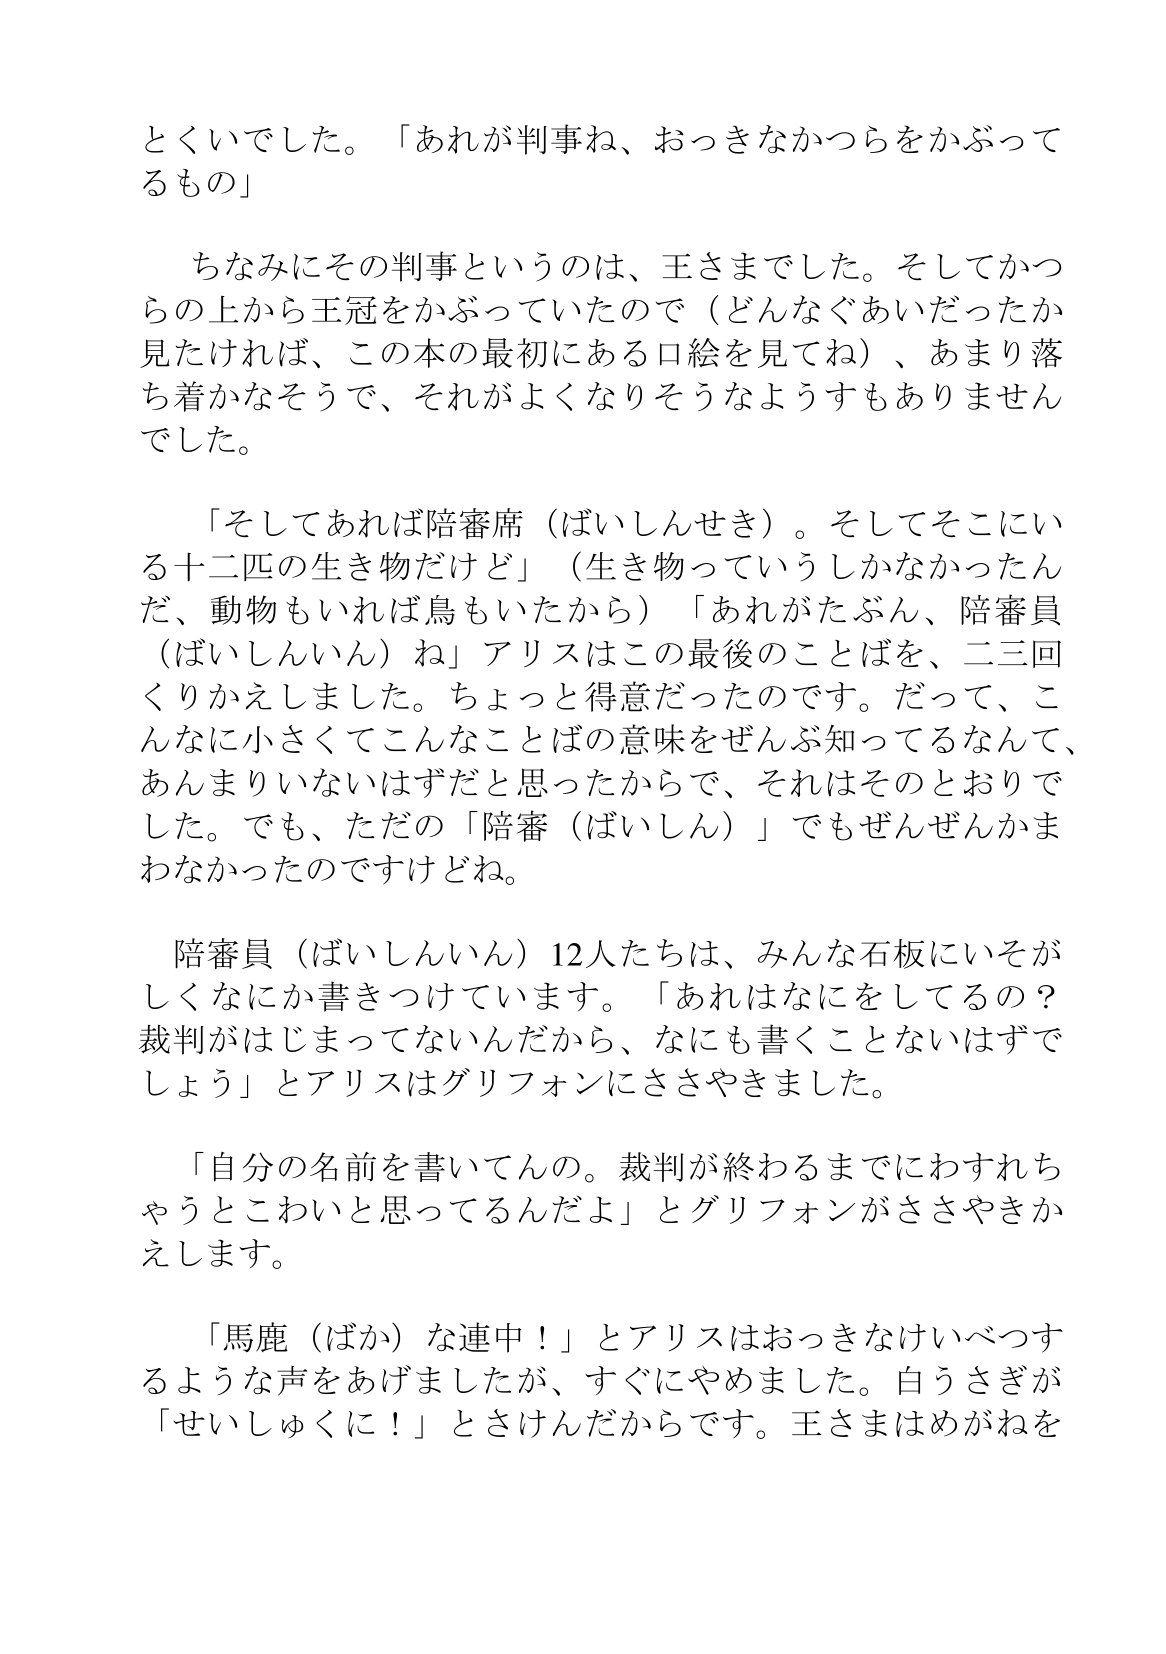
Language: ja